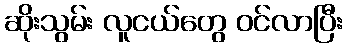
ဆိုးသွမ်း လူငယ်တွေ ဝင်လာပြီး